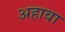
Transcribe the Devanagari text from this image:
अहावा